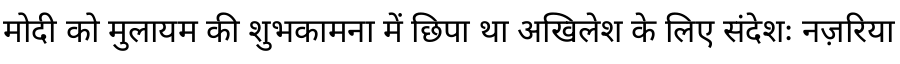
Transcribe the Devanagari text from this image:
मोदी को मुलायम की शुभकामना में छिपा था अखिलेश के लिए संदेशः नज़रिया